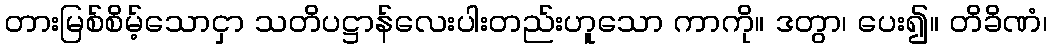
တားမြစ်စိမ့်သောငှာ သတိပဋ္ဌာန်လေးပါးတည်းဟူသော ကာကို။ ဒတွာ၊ ပေး၍။ တိခိဏံ၊